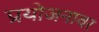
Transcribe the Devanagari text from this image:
प्रयोजनावर